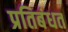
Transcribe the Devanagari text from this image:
प्रतिबंधत